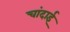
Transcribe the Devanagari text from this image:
चांदाई